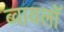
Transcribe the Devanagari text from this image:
ब्वायलॉ